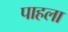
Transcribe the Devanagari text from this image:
पाहला